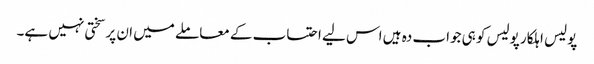
پولیس اہلکار پولیس کو ہی جواب دہ ہیں اس لیے احتساب کے معاملے میں ان پر سختی نہیں ہے۔